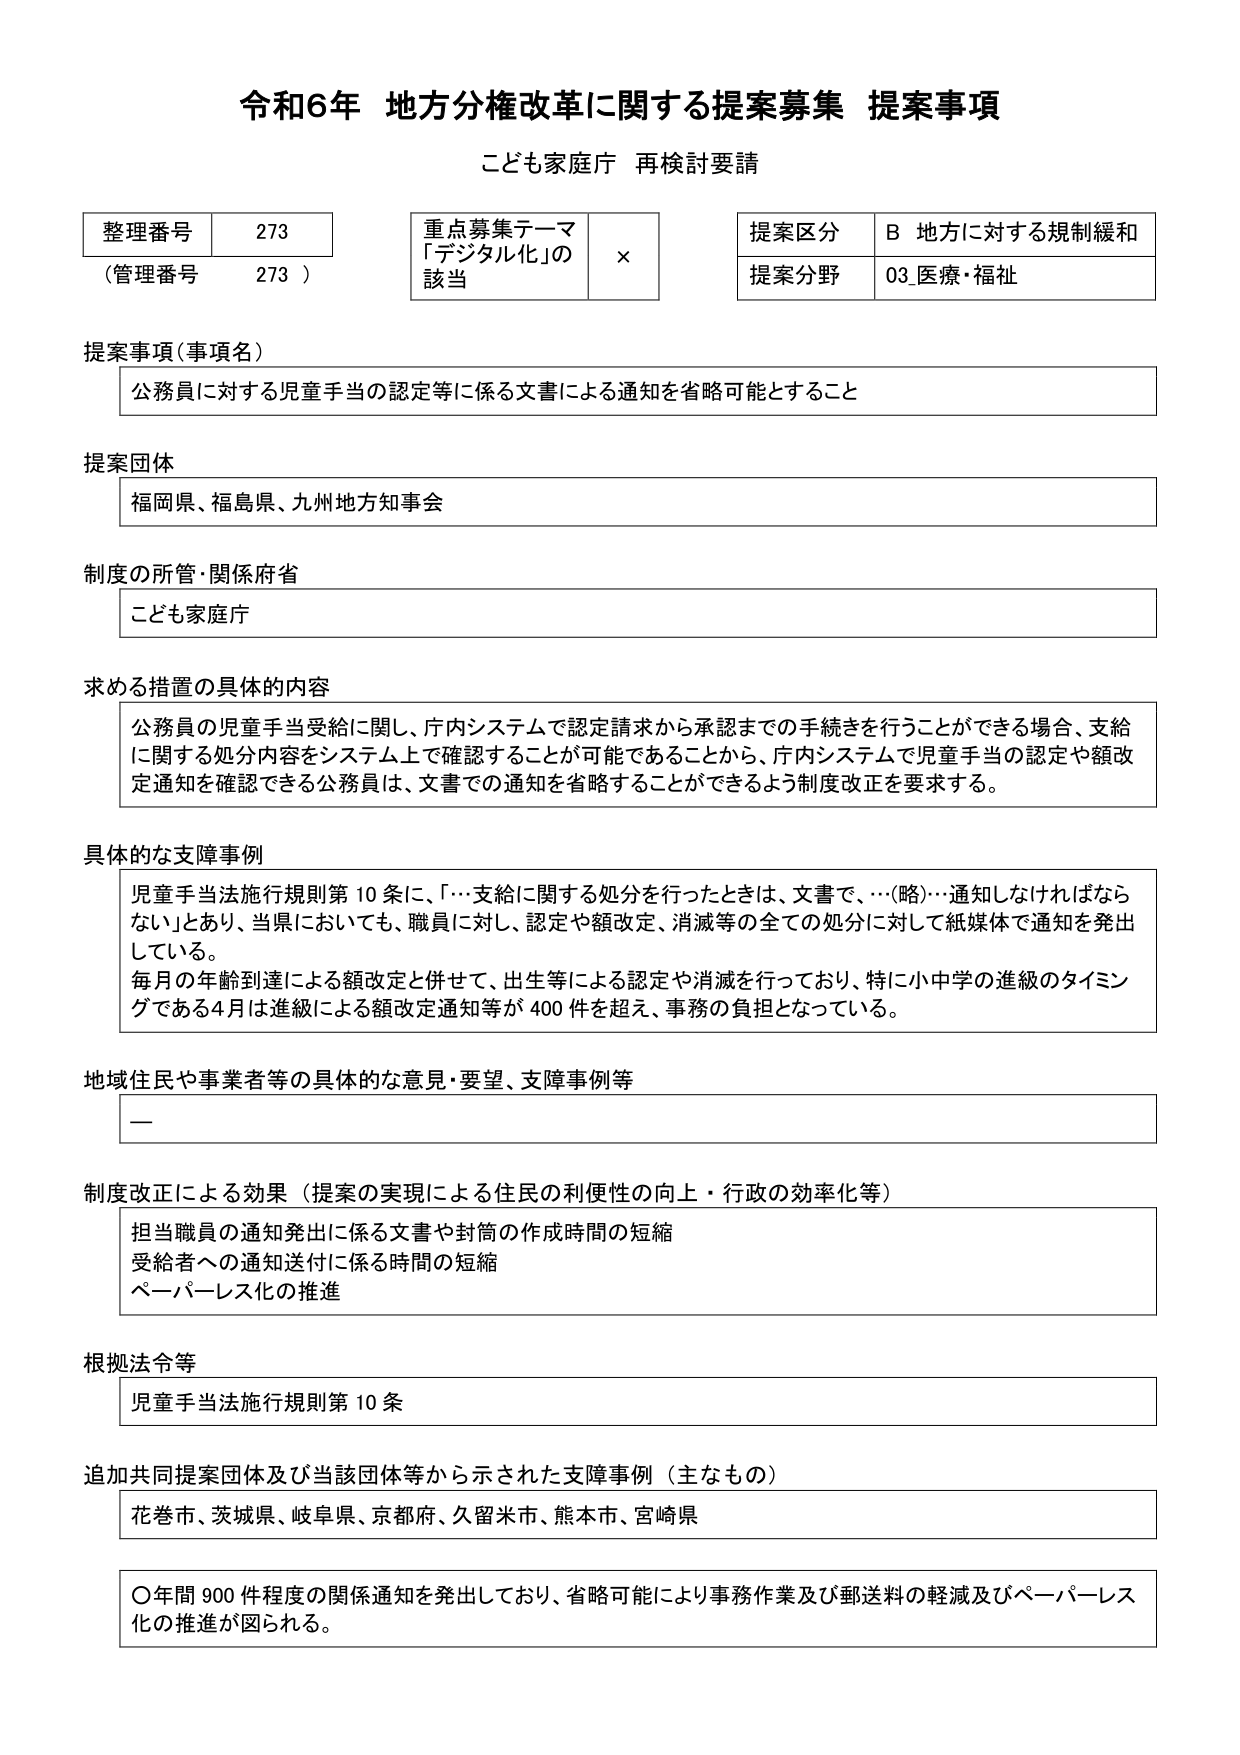
令和6年 地方分権改革に関する提案募集 提案事項
こども家庭庁 再検討要請

整理番号 273
（管理番号 273）

重点募集テーマ
「デジタル化」の
該当 ×

提案区分 B 地方に対する規制緩和
提案分野 03 医療・福祉

提案事項（事項名）
公務員に対する児童手当の認定等に係る文書による通知を省略可能とすること

提案団体
福岡県、福島県、九州地方知事会

制度の所管・関係府省
こども家庭庁

求める措置の具体的内容
公務員の児童手当支給に関し、庁内システムで認定請求から承認までの手続きを行うことができる場合、支給に関する処分内容をシステム上で確認することが可能であることから、庁内システムで児童手当の認定や額改定通知を確認できる公務員は、文書での通知を省略することができるよう制度改正を要求する。

具体的な支障事例
児童手当法施行規則第10条に、「…支給に関する処分を行ったときは、文書で、…（略）…通知しなければならない」とあり、当県においても、職員に対し、認定や額改定、消滅等の全ての処分に対して紙媒体で通知を発出している。
毎月の年齢到達による額改定と併せて、出生等による認定や消滅を行っており、特に小中学の進級のタイミングである4月は進級による額改定通知等が400件を超え、事務の負担となっている。

地域住民や事業者等の具体的な意見・要望、支障事例等
ー

制度改正による効果（提案の実現による住民の利便性の向上・行政の効率化等）
担当職員の通知発出に係る文書や封筒の作成時間の短縮
受給者への通知送付に係る時間の短縮
ペーパーレス化の推進

根拠法令等
児童手当法施行規則第10条

追加共同提案団体及び当該団体等から示された支障事例（主なもの）
花巻市、茨城県、岐阜県、京都府、久留米市、熊本市、宮崎県

〇年間900件程度の関係通知を発出しており、省略可能により事務作業及び郵送料の軽減及びペーパーレス化の推進が図られる。